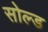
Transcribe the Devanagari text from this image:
सोल्‍ड